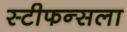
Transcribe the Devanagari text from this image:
स्टीफन्सला